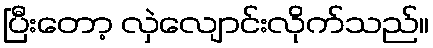
ပြီးတော့ လှဲလျောင်းလိုက်သည်။